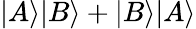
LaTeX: |A\rangle|B\rangle+|B\rangle|A\rangle